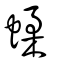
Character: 蝚